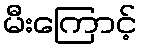
မီးကြောင့်